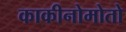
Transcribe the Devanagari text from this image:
काकीनोमोतो